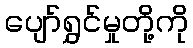
ပျော်ရွှင်မှုတို့ကို